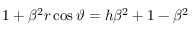
1 + \beta ^ { 2 } r \cos \vartheta = h \beta ^ { 2 } + 1 - \beta ^ { 2 }